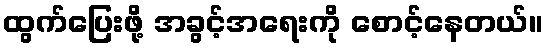
ထွက်ပြေးဖို့ အခွင့်အရေးကို စောင့်နေတယ်။